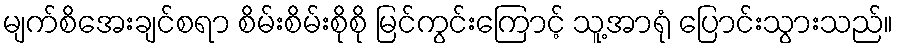
မျက်စိအေးချင်စရာ စိမ်းစိမ်းစိုစို မြင်ကွင်းကြောင့် သူ့အာရုံ ပြောင်းသွားသည်။